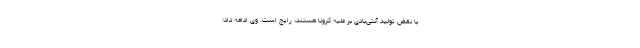
با نقض تولید آنتی‌بادی بر علیه کرونا هستند، رایج است. وی ادامه داد: